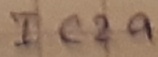
Text: IC2a